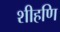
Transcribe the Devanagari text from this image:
शीहणि